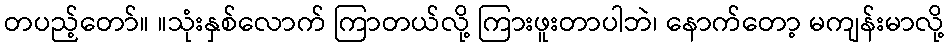
တပည့်တော်။ ။သုံးနှစ်လောက် ကြာတယ်လို့ ကြားဖူးတာပါဘဲ၊ နောက်တော့ မကျန်းမာလို့